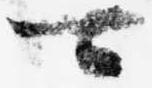
可